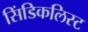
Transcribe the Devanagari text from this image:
सिंडिकलिस्ट